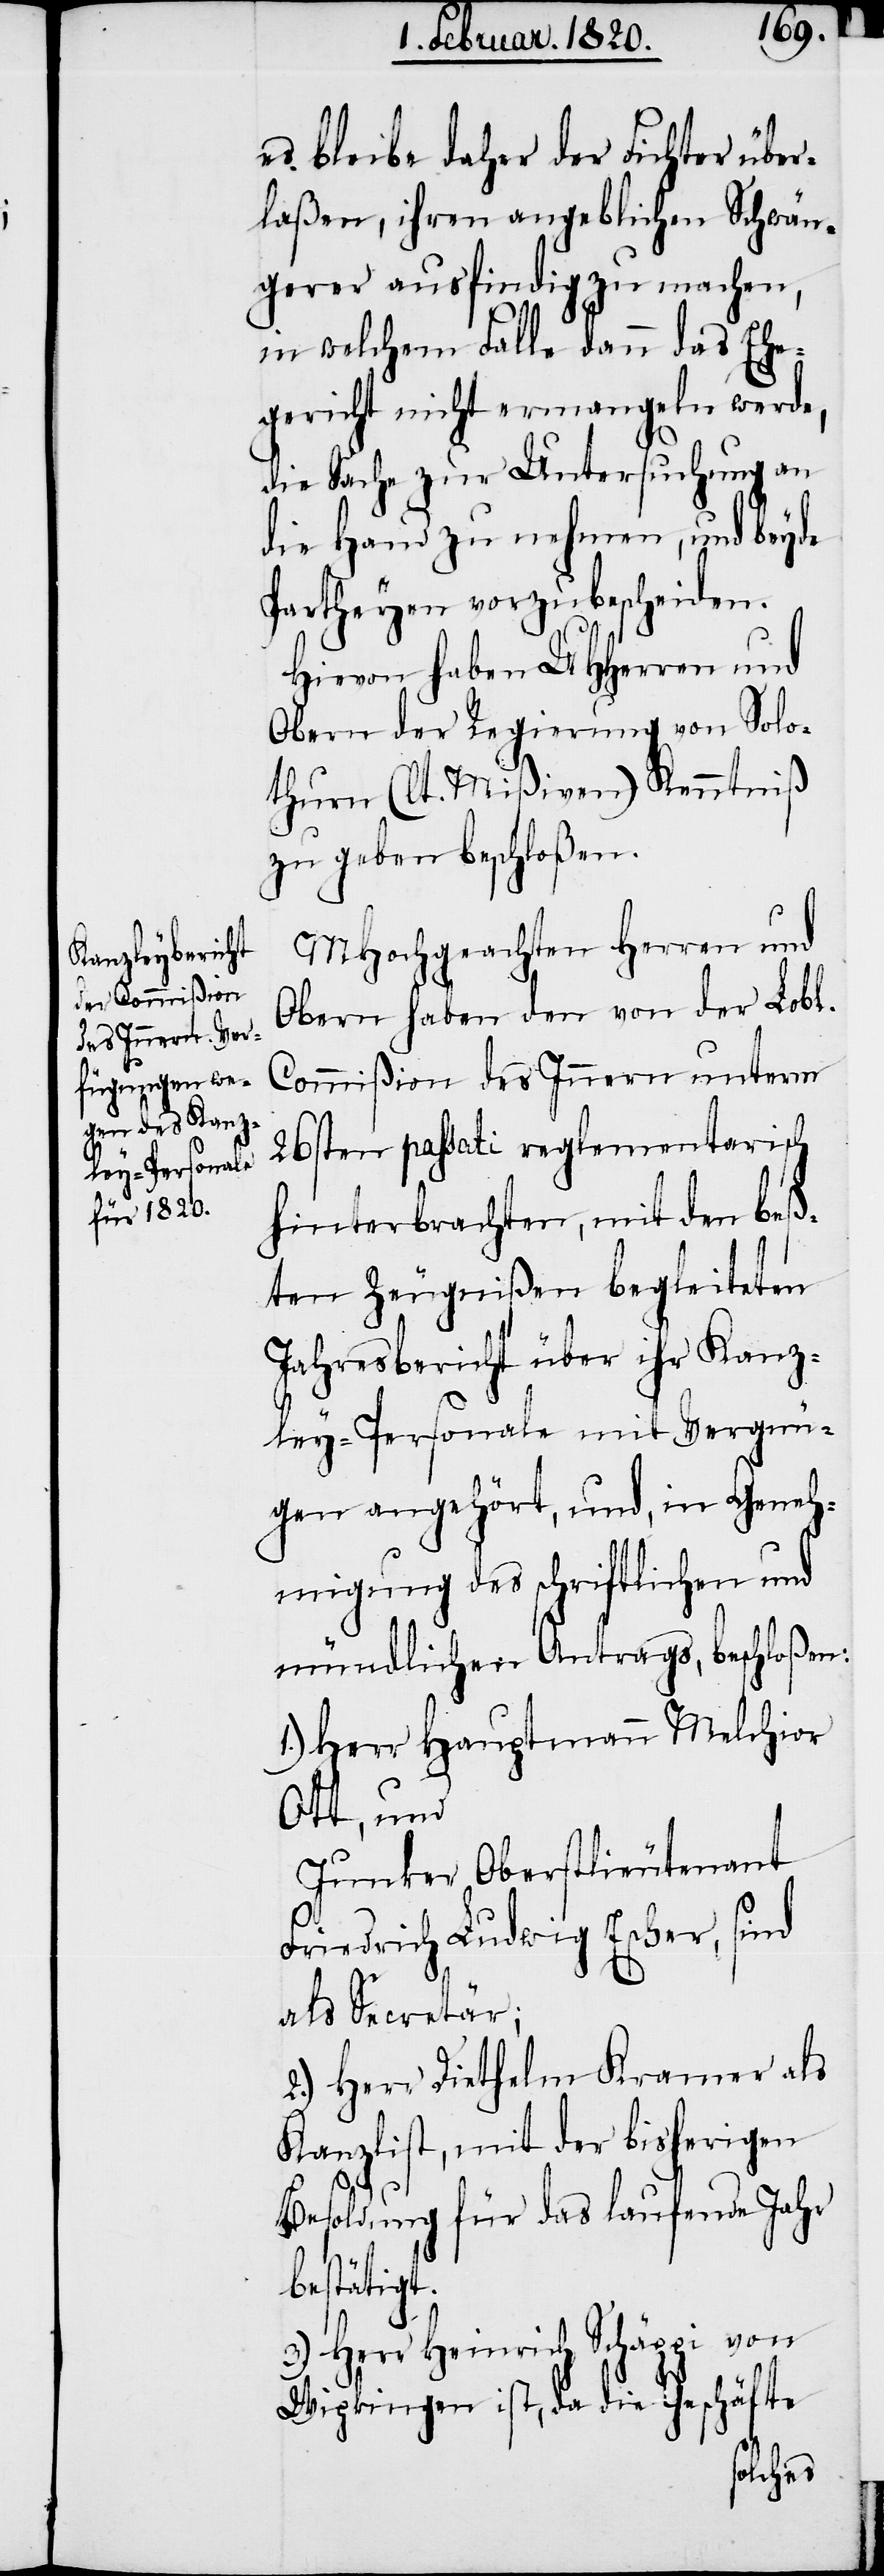
es bleibe daher der Fichter über¬
laßen, ihren angeblichen Schwän¬
gerer ausfindig zu machen,
in welchem Falle dann das Ehe¬
gericht nicht ermangeln werde,
die Sache zur Untersuchung an
die Hand zu nehmen, und beyde
Partheyen vorzubescheiden.
Hievon haben UHHerren und
Obern der Regierung von Solo¬
thurn (lt. Mißiven) Kenntniß
zu geben beschloßen.
MHochgeachten Herren und
Obern haben den von der Lobl.
Commißion des Innern unterm
26sten passati reglementarisch
hinterbrachten, mit den beß¬
ten Zeugnißen begleiteten
Jahresbericht über ihr Kanz¬
ley-Personale mit Vergnü¬
gen angehört, und, in Geneh¬
migung des schriftlichen und
mündlichen Antrags, beschloßen:
1.) Herr Hauptmann Melchior
Ott, und
Junker Oberstlieutenant
Friedrich Ludwig Escher, sind
als Secretär;
2.) Herr Diethelm Kramer als
Kanzlist, mit der bisherigen
Besoldung für das laufende Jahr
bestätigt.
3.) Herr Heinrich Schäppi von
Wipkingen ist, da die Geschäfte